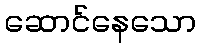
ဆောင်နေသော